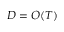
D = O ( T )